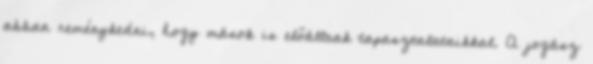
abban reménykedni, hogy mások is előállnak tapasztalataikkal. A jogász